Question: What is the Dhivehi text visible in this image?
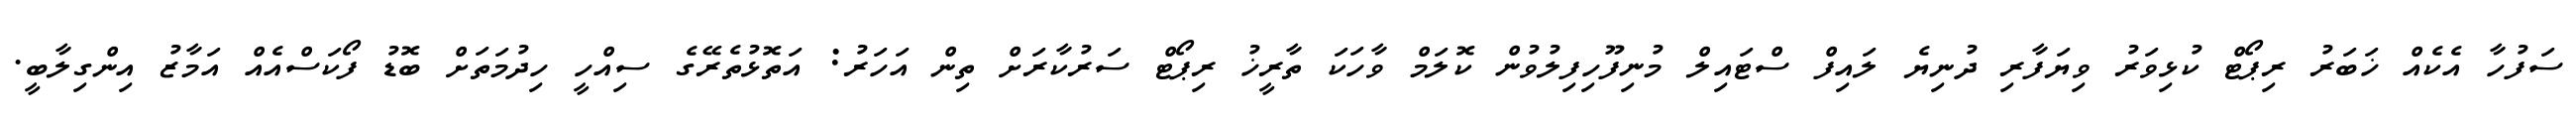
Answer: ސަފުހާ އެކެއް ޚަބަރު ރިޕޯޓް ކުޅިވަރު ވިޔަފާރި ދުނިޔެ ލައިފް ސްޓައިލް މުނިފޫހިފިލުވުން ކޮލަމް ވާހަކަ ތާރީޚު ރިޕޯޓް ސަރުކާރަށް ތިން އަހަރު: އަތޮޅުތެރޭގެ ސިއްހީ ހިދުމަތަށް ބޮޑު ފޯކަސްއެއް އަމާޒު އިންގިލާބީ.